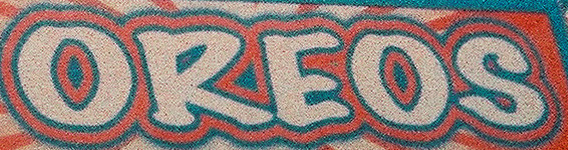
OREOS